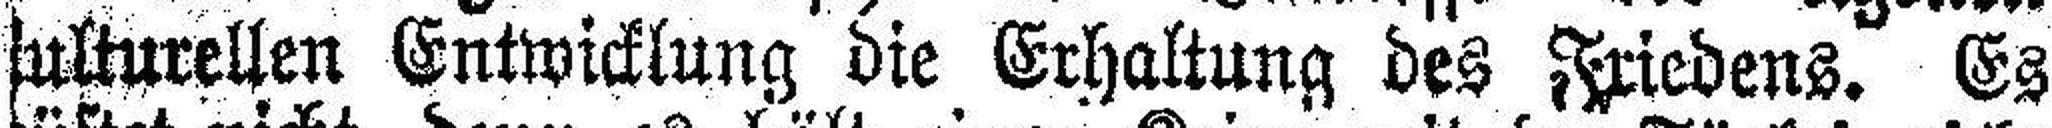
###ulturellen Entwicklung die Erhaltung des Friedens. Es